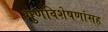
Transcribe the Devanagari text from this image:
गुणविशेषणांसह